Annual administration report of the Civil Veterinary Department of India - 1899-1900
Year: 1899
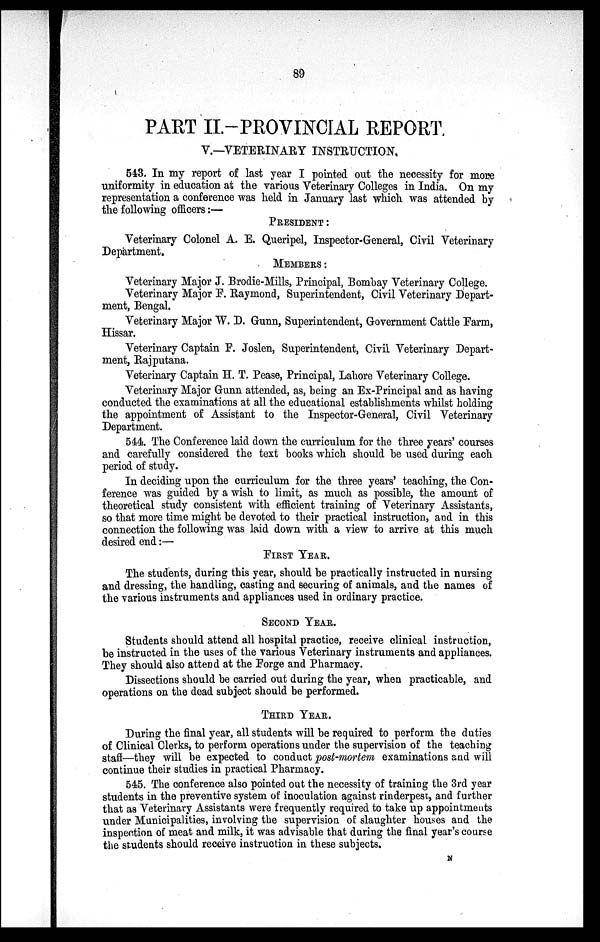
89
PART II.-PROVINCIAL REPORT.
V.—VETERINARY INSTRUCTION,
543. In my report of last year I pointed out the necessity for more
uniformity in education at the various Veterinary Colleges in India. On my
representation a conference was held in January last which was attended by
the following officers:—
PRESIDENT:
Veterinary Colonel A. E. Queripel, Inspector-General, Civil Veterinary
Department.
MEMBERS:
Veterinary Major J. Brodie-Mills, Principal, Bombay Veterinary College.
Veterinary Major F. Raymond, Superintendent, Civil Veterinary Depart-
ment, Bengal.
Veterinary Major W. D. Gunn, Superintendent, Government Cattle Farm,
Hissar.
Veterinary Captain F. Joslen, Superintendent, Civil Veterinary Depart-
ment, Rajputana.
Veterinary Captain H. T. Pease, Principal, Lahore Veterinary College.
Veterinary Major Gunn attended, as, being an Ex-Principal and as having
conducted the examinations at all the educational establishments whilst holding
the appointment of Assistant to the Inspector-General, Civil Veterinary
Department.
544. The Conference laid down the curriculum for the three years' courses
and carefully considered the text books which should be used during each
period of study.
In deciding upon the curriculum for the three years' teaching, the Con-
ference was guided by a wish to limit, as much as possible, the amount of
theoretical study consistent with efficient training of Veterinary Assistants,
so that more time might be devoted to their practical instruction, and in this
connection the following was laid down with a view to arrive at this much
desired end:—
FIRST YEAR.
The students, during this year, should be practically instructed in nursing
and dressing, the handling, casting and securing of animals, and the names of
the various instruments and appliances used in ordinary practice.
SECOND YEAR.
Students should attend all hospital practice, receive clinical instruction,
be instructed in the uses of the various Veterinary instruments and appliances.
They should also attend at the Forge and Pharmacy.
Dissections should be carried out during the year, when practicable, and
operations on the dead subject should be performed.
THIRD YEAR.
During the final year, all students will be required to perform the duties
of Clinical Clerks, to perform operations under the supervision of the teaching
staff—they will be expected to conduct post-mortem examinations and will
continue their studies in practical Pharmacy.
545. The conference also pointed out the necessity of training the 3rd year
students in the preventive system of inoculation against rinderpest, and further
that as Veterinary Assistants were frequently required to take up appointments
under Municipalities, involving the supervision of slaughter houses and the
inspection of meat and milk, it was advisable that during the final year's course
the students should receive instruction in these subjects.
N